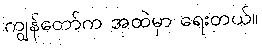
ကျွန်တော်က အထဲမှာ ရေးတယ်။